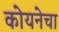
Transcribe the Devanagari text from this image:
कोयनेचा